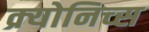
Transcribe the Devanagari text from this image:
क्र्योनिच्स